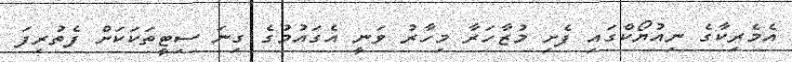
އެމެރިކާގެ ނިއުޔޯކްގައި ފެށި މުޒާހަރާ މިހާރު ވަނީ އެގައުމުގެ ގިނަ ސިޓީތަކަކަށް ފެތުރިފަ